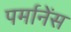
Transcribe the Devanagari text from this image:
पर्मानेंस